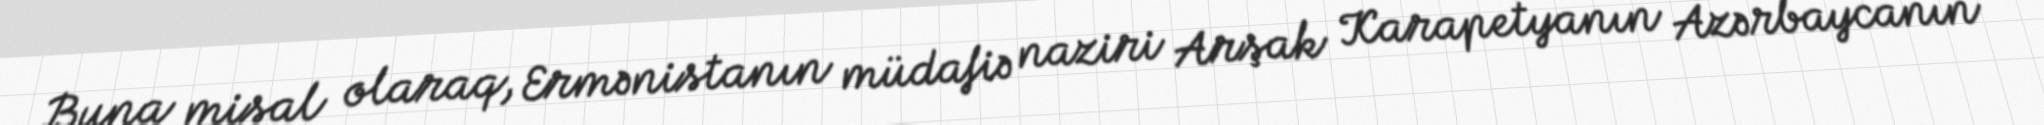
Buna misal olaraq, Ermənistanın müdafiə naziri Arşak Karapetyanın Azərbaycanın